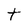
Character: t